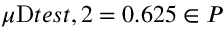
\mu _ { Ḋ } \mathrm { Ḋ } t e s t Ḍ , 2 Ḍ = 0 . 6 2 5 \in \mathcal Ḋ P Ḍ